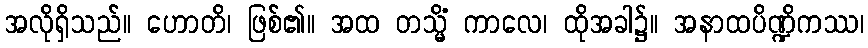
အလိုရှိသည်။ ဟောတိ၊ ဖြစ်၏။ အထ တသ္မိံ ကာလေ၊ ထိုအခါ၌။ အနာထပိဏ္ဍိကဿ၊